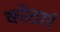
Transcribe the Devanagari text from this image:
कोठारं